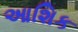
આશિક